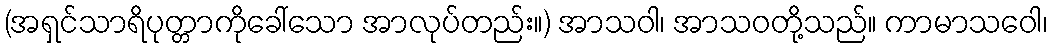
(အရှင်သာရိပုတ္တာကိုခေါ်သော အာလုပ်တည်း။) အာသဝါ၊ အာသဝတို့သည်။ ကာမာသဝေါ၊